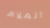
الملام